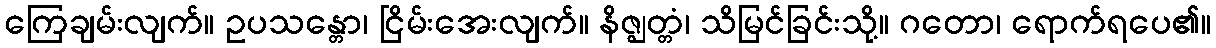
ကြေချမ်းလျက်။ ဥပသန္တော၊ ငြိမ်းအေးလျက်။ နိဇ္ဈတ္တံ၊ သိမြင်ခြင်းသို့။ ဂတော၊ ရောက်ရပေ၏။